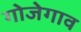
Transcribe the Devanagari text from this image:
गोजेगाव